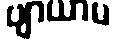
ဗျာယာမ